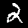
Label: 2